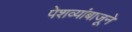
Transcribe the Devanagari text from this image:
पेशव्यांबाजूने